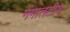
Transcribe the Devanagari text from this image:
गंगातटीय